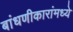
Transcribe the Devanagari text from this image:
बांधणीकारांमध्ये